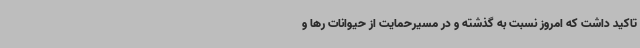
تاکید داشت که امروز نسبت به گذشته و در مسیرحمایت از حیوانات رها و